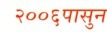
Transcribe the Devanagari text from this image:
२००६पासुन